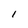
Character: l